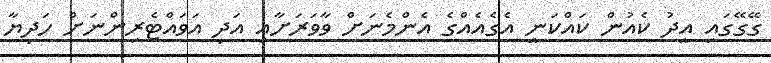
ގޭގޭގައި އީދު ކެއުން ކައްކަނީ އެގެއެއްގެ އެންމެނަށް ވާވަރަށާއި އަދި އަވައްޓެރިންނަށް ހަދިޔާ